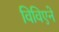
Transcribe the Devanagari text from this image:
विविएने